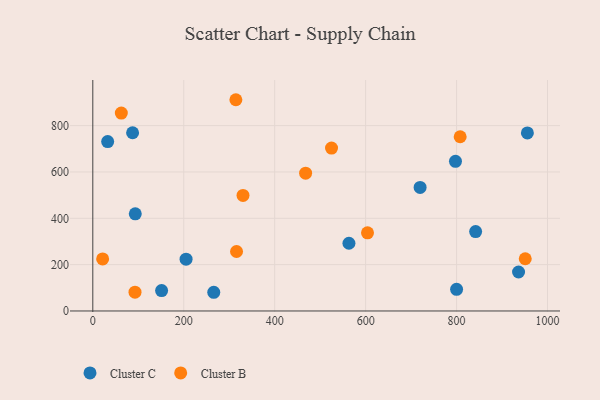
{"axis": {"x": "Ad Spend", "y": "Sales"}, "legend": ["Cluster B", "Cluster C"], "data": [{"x": "32.7", "y": 731.1, "type": "Cluster C"}, {"x": "563.3", "y": 292.4, "type": "Cluster C"}, {"x": "955.7", "y": 768.5, "type": "Cluster C"}, {"x": "151.3", "y": 87.9, "type": "Cluster C"}, {"x": "719.8", "y": 533.2, "type": "Cluster C"}, {"x": "87.5", "y": 769.3, "type": "Cluster C"}, {"x": "205.1", "y": 223.4, "type": "Cluster C"}, {"x": "797.6", "y": 646.0, "type": "Cluster C"}, {"x": "800.0", "y": 93.6, "type": "Cluster C"}, {"x": "841.9", "y": 342.5, "type": "Cluster C"}, {"x": "266.0", "y": 80.7, "type": "Cluster C"}, {"x": "936.3", "y": 168.2, "type": "Cluster C"}, {"x": "93.4", "y": 419.2, "type": "Cluster C"}, {"x": "92.8", "y": 81.3, "type": "Cluster B"}, {"x": "525.0", "y": 703.0, "type": "Cluster B"}, {"x": "314.6", "y": 911.8, "type": "Cluster B"}, {"x": "468.0", "y": 594.6, "type": "Cluster B"}, {"x": "316.1", "y": 256.6, "type": "Cluster B"}, {"x": "62.7", "y": 854.1, "type": "Cluster B"}, {"x": "604.1", "y": 337.2, "type": "Cluster B"}, {"x": "807.9", "y": 752.0, "type": "Cluster B"}, {"x": "951.0", "y": 225.3, "type": "Cluster B"}, {"x": "21.6", "y": 224.7, "type": "Cluster B"}, {"x": "330.3", "y": 498.9, "type": "Cluster B"}]}